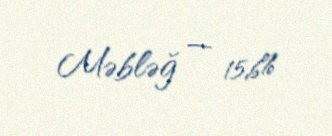
Məbləğ — 15,6%